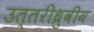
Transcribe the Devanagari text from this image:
उत्तरीध्रुवीय